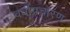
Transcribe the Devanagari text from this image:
वर्धीप्रचारण